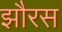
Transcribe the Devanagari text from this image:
झौरस